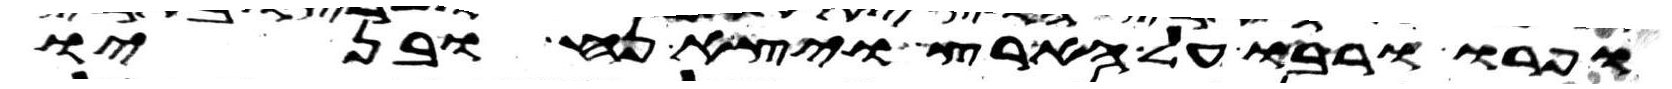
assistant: ופרו ורבו על הארץ ויצא נח ובניו